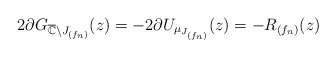
\begin{align*}2\partial G_{\overline{\mathbb{C}}\setminus J_{(f_n)}}(z)= -2\partial U_{\mu_{J_{(f_n)}}}(z)= -R_{(f_n)}(z)\end{align*}